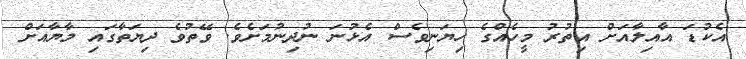
އެކުޑަ އާއިލާއަށް އިތުރު މީހެއްގެ ހިޔަނިވެސް އެޅުނަ ނުދިނުމަށެވެ. ވޭތުވެ ދިޔަތާގައި މާޔާއަށް